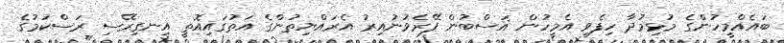
ބައެއްމީހުންގެ މުޅިމުދާ ހިފެވި އެމީހުން ޣަސްބުން ފޭރެވުނުއިރު އެރައްޔިތުންގެ އަތުގައިއޮތީ އިނގިރޭސި ރަސްކަމުގެ